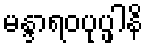
မန္ဒာရဝပုပ္ဖါနိ